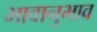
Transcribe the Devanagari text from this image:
भावानुभाव